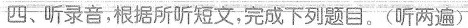
四、听录音,根据所听短文,完成下列题目.(听两遍)